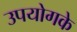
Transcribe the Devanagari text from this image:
उपयोगके